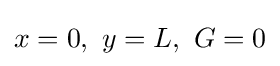
x=0,\ y=L,\ G=0